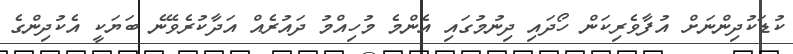
ކުޑަކުދިންނަށް އުފާވެރިކަން ހޯދައި ދިނުމުގައި އެންމެ މުހިއްމު ދައުރެއް އަދާކުރެވޭނެ ބަޔަކީ އެކުދިންގެ